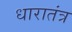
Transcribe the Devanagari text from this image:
धारातंत्र